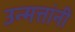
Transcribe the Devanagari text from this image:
उन्मत्तांनी